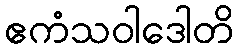
ဧကံသဝါဒေါတိ